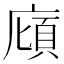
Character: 廎